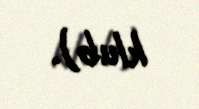
klub).